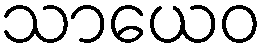
သာယေဝ